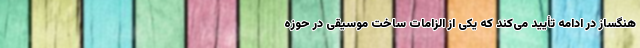
هنگساز در ادامه تأیید می‌کند که یکی از الزامات ساخت موسیقی در حوزه